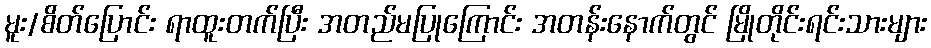
မူး/စိတ်ပြောင်း ရာထူးတက်ပြီး အတည်မပြုကြောင်း အတန်းနောက်တွင် မြိုတိုင်းရင်းသားများ